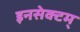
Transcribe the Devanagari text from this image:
इनसेक्टम्‌